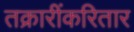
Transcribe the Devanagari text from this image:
तक्रारींकरितार